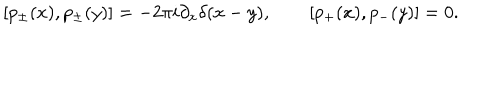
LaTeX: [ p _ { \pm } ( x ) , p _ { \pm } ( y ) ] = - 2 \pi i \partial _ { x } \delta ( x - y ) , \qquad [ p _ { + } ( x ) , p _ { - } ( y ) ] = 0 .